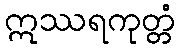
ဣဿရကုတ္တံ